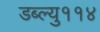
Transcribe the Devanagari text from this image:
डब्ल्यु११४